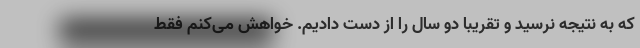
که به نتیجه نرسید و تقریبا دو سال را از دست دادیم. خواهش می‌کنم فقط